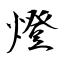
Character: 燈